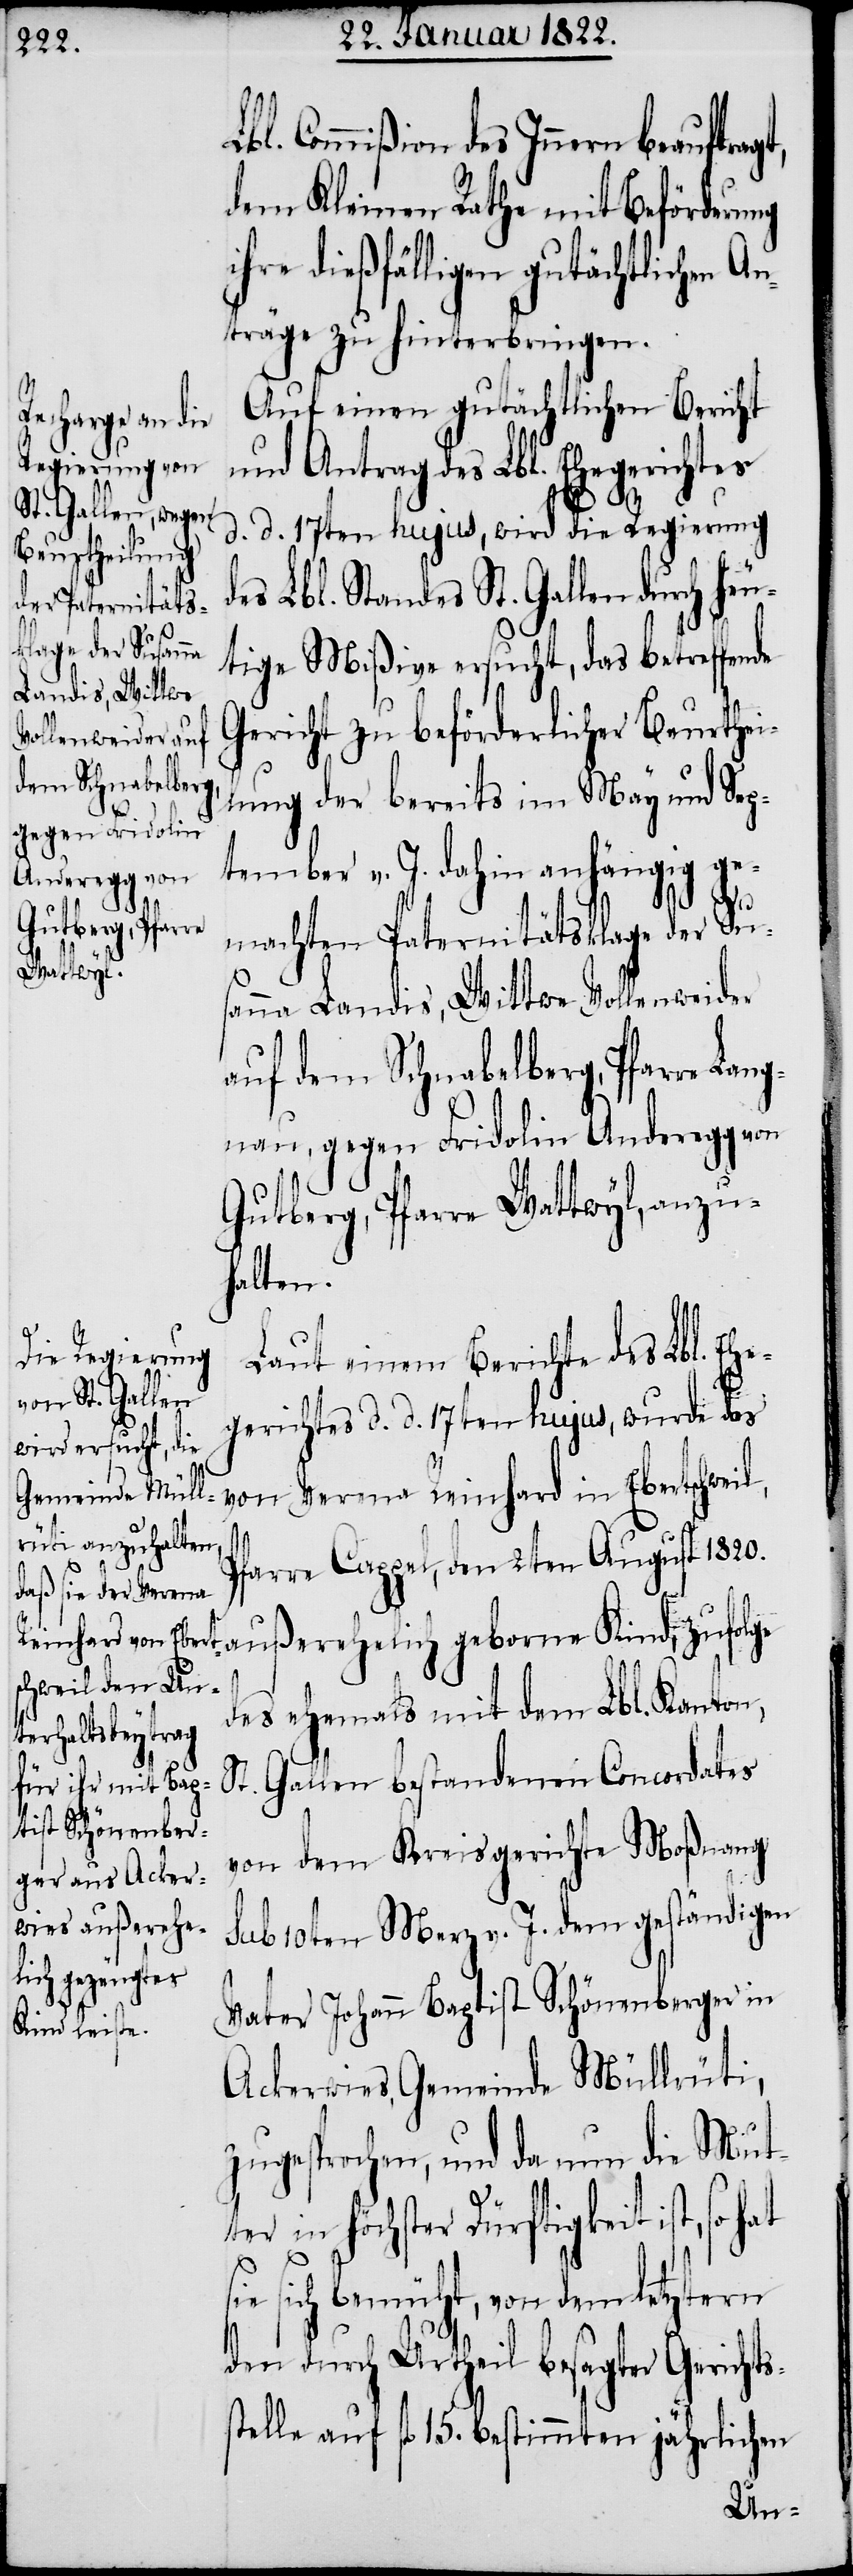
bl. Commißion des Innern beauftra¬
dem Kleinen Rathe mit Beförderung
ihre dießfälligen gutächtlichen An¬
träge zu hinterbringen.
Auf einen gutächtlichen Bericht
und Antrag des Lbl. Ehegerichtes
d. d. 17ten hujus, wird die Regierung
es Lbl. Standes St. Gallen durch he¬
utige Mißive ersucht, das betreffende
Gericht zu beförderlicher Beurthei¬
lung der bereits im May und Sep¬
tember v. J. dahin anhängig ge¬
machten Paternitätsklage der Su¬
sanna Landis, Wittwe Vollenweider
auf dem Schnabelberg, Pfarre Lan¬
gnau, gegen Fridolin Anderegg von
Gutberg, Pfarre Wattwyl, anzu¬
halten.
Laut einem Berichte des Lbl. Ehe¬
gerichtes d. d. 17ten hujus, wurde das
Pfarre Cappel, den 2ten August 1820.
des ehemals mit dem Lbl. Kanton
s¬
t. Gallen bestandenen Concordates
von dem Kreisgerichte Moßnang
sub 10ten Merz v. J. dem geständigen
Vater Johan Baptist Schönenberger in
Ackerwies, Gemeinde Müllrüti,
zugesprochen, und da nun die Mutt¬
er in höchster Dürftigkeit ist, so
ie sich bemüht, von dem letztern
den durch Urtheil besagter Gerichts¬
stelle auf fl. 15. bestimmten jährlichen